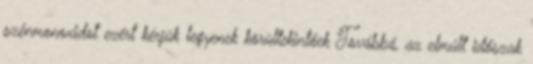
szénmonoxidot ezért kérjük legyenek körültekintőek Továbbá, az elmúlt időszak